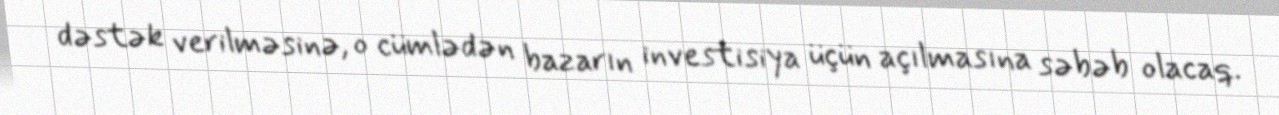
dəstək verilməsinə, o cümlədən bazarın investisiya üçün açılmasına səbəb olacaq.